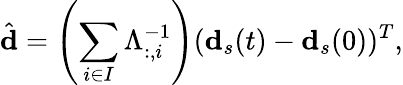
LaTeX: \hat{\mathbf{d}}=\left(\sum_{i\in I}{\Lambda_{:,i}^{-1}}\right)(\mathbf{d}_{s}(t)-\mathbf{d}_{s}(0))^{T},